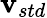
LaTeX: \mathbf{v}_{std}